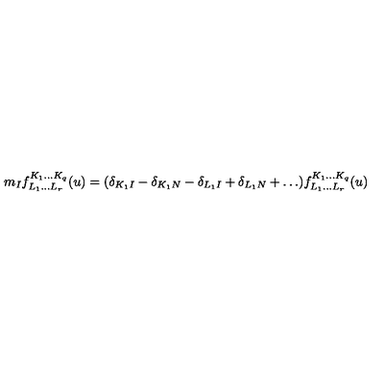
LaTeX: m _ { I } f _ { L _ { 1 } \ldots L _ { r } } ^ { K _ { 1 } \ldots K _ { q } } ( u ) = ( \delta _ { K _ { 1 } I } - \delta _ { K _ { 1 } N } - \delta _ { L _ { 1 } I } + \delta _ { L _ { 1 } N } + \ldots ) f _ { L _ { 1 } \ldots L _ { r } } ^ { K _ { 1 } \ldots K _ { q } } ( u )